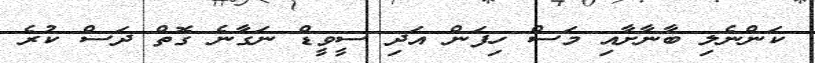
ކަންނެލި ބާނާށާއި މަސް ހިފަން އަދި ސީވީޑް ނަގާނެ ގޮތް ދަސް ކުރެ